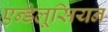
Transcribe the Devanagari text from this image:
एन्डेलूसियन